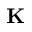
\mathbf { K }